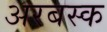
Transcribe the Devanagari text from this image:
अरबस्क